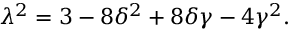
\lambda ^ { 2 } = { 3 - 8 \delta ^ { 2 } + 8 \delta \gamma - 4 \gamma ^ { 2 } } .